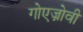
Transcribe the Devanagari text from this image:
गोएज्नोवी